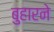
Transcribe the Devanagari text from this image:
बुहारने